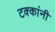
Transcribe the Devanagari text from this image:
टक्कांनी